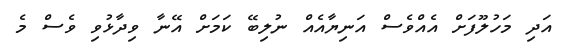
އަދި މަހުލޫފަށް އެއްވެސް އަނިޔާއެއް ނުލިބޭ ކަމަށް އޭނާ ވިދާޅުވި ވެސް މެ